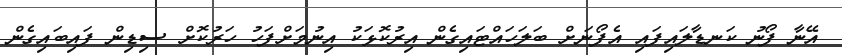
އޭނާ ފޯނު ކަނޑާލައިފައި އެފޯނަށް ބަލަހައްޓައިގެން އިރުކޮޅަކު އިނުމަށްފަހު ހަރުކޮށް ސިޑިން ފައިބައިގެން